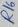
Text: R16